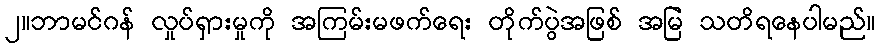
၂။ဘာမင်ဂန် လှုပ်ရှားမှုကို အကြမ်းမဖက်ရေး တိုက်ပွဲအဖြစ် အမြဲ သတိရနေပါမည်။